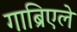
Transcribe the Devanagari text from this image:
गाब्रिएले